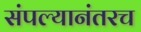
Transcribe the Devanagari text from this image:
संपल्यानंतरच